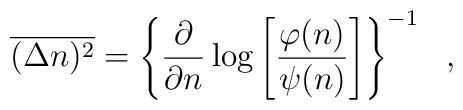
\overline{(\Delta n)^2}=\left \{ \frac{\partial}{\partial n} \log\left [ \frac{\varphi(n)}{\psi(n)}  \right] \right \}^{-1} \ \ ,